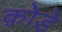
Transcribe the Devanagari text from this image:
क़ोडे